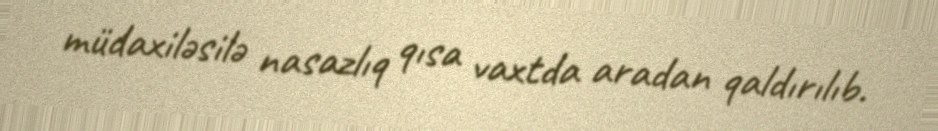
müdaxiləsilə nasazlıq qısa vaxtda aradan qaldırılıb.